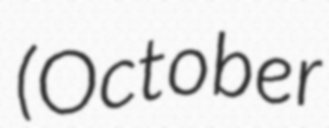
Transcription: (October